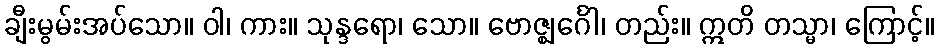
ချီးမွမ်းအပ်သော။ ဝါ၊ ကား။ သုန္ဒရော၊ သော။ ဗောဇ္ဈင်္ဂေါ၊ တည်း။ ဣတိ တသ္မာ၊ ကြောင့်။